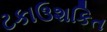
ટકાઉશકિત